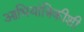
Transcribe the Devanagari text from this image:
आभियांत्रिकीशी